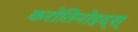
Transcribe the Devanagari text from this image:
करोतिनोइद्स्